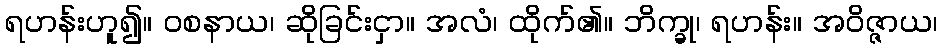
ရဟန်းဟူ၍။ ဝစနာယ၊ ဆိုခြင်းငှာ။ အလံ၊ ထိုက်၏။ ဘိက္ခု၊ ရဟန်း။ အဝိဇ္ဇာယ၊